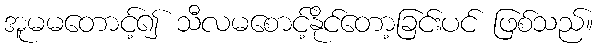
အူမမတောင့်၍ သီလမစောင့်နိုင်တော့ခြင်းပင် ဖြစ်သည်။